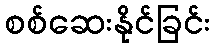
စစ်ဆေးနိုင်ခြင်း